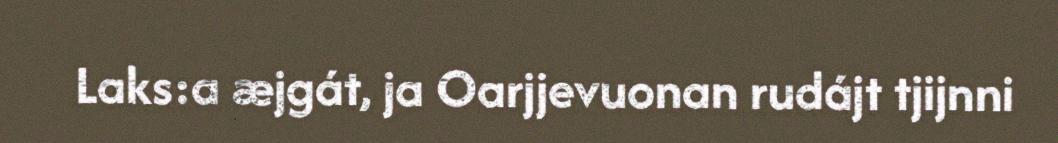
Laks:a æjgát, ja Oarjjevuonan rudájt tjijnni